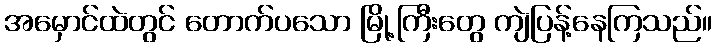
အမှောင်ထဲတွင် တောက်ပသော မြို့ကြီးတွေ ကျဲပြန့်နေကြသည်။